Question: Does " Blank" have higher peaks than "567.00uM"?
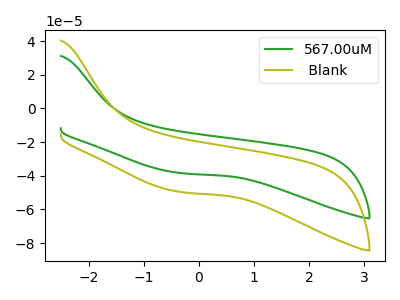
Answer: <think>The green curve "567.00uM" has no peaks. The olive curve " Blank" has no peaks.</think>
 <answer>Niether CV has any peaks.</answer>
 <eval>blanks</eval>